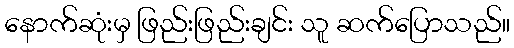
နောက်ဆုံးမှ ဖြည်းဖြည်းချင်း သူ ဆက်ပြောသည်။